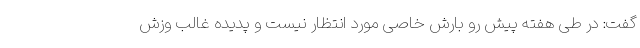
گفت: در طی هفته پیش رو بارش خاصی مورد انتظار نیست و پدیده غالب وزش